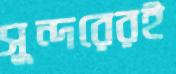
সুন্দরেরই